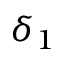
\delta _ { 1 }